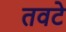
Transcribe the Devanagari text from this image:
तवटे